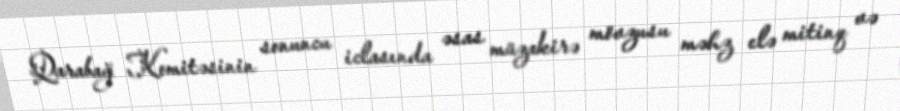
Qarabağ Komitəsinin sonuncu iclasında əsas müzakirə mövzusu məhz elə mitinq və